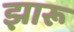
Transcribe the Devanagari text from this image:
झारू